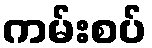
ကမ်းစပ်